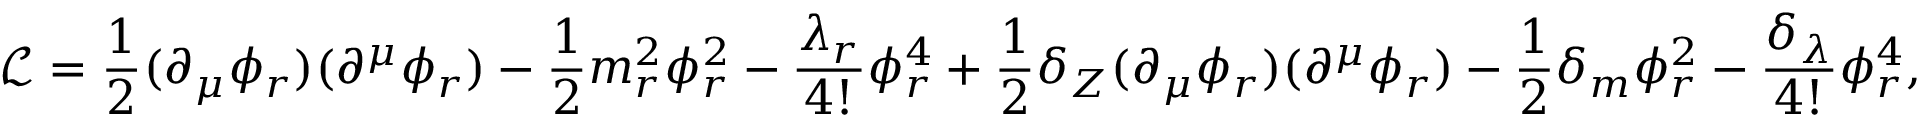
{ \mathcal { L } } = { \frac { 1 } { 2 } } ( \partial _ { \mu } \phi _ { r } ) ( \partial ^ { \mu } \phi _ { r } ) - { \frac { 1 } { 2 } } m _ { r } ^ { 2 } \phi _ { r } ^ { 2 } - { \frac { \lambda _ { r } } { 4 ! } } \phi _ { r } ^ { 4 } + { \frac { 1 } { 2 } } \delta _ { Z } ( \partial _ { \mu } \phi _ { r } ) ( \partial ^ { \mu } \phi _ { r } ) - { \frac { 1 } { 2 } } \delta _ { m } \phi _ { r } ^ { 2 } - { \frac { \delta _ { \lambda } } { 4 ! } } \phi _ { r } ^ { 4 } ,